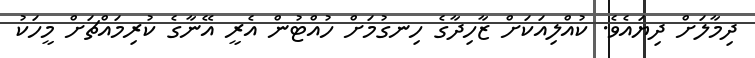
ދިމާލަށް ދިޔައެވެ. ކުއްލިއަކަށް ޒާހިދާގެ ހިނގުމަށް ހުއްޓުން އެރީ އޭނާގެ ކުރިމައްޗަށް މީހަކު